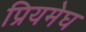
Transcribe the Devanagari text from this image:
प्रियमेघ